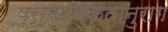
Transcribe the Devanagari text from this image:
प्रामाणिकतानुराग